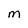
Character: M